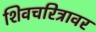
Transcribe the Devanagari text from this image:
शिवचरित्रावर